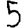
Digit: 5